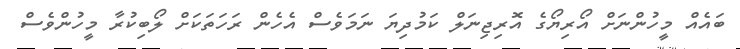
ބައެއް މީހުންނަށް އޯރިޔޯގެ އޮރިޖިނަލް ކަމުދިޔަ ނަމަވެސް އެހެން ރަހަތަކަށް ލޯބިކުރާ މީހުންވެސް